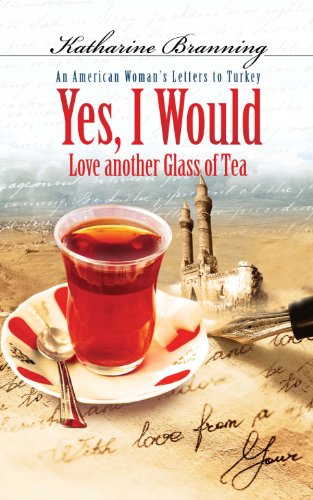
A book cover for Yes, I Would...: An American Woman's Letters to Turkey; Katharine Branning; Travel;